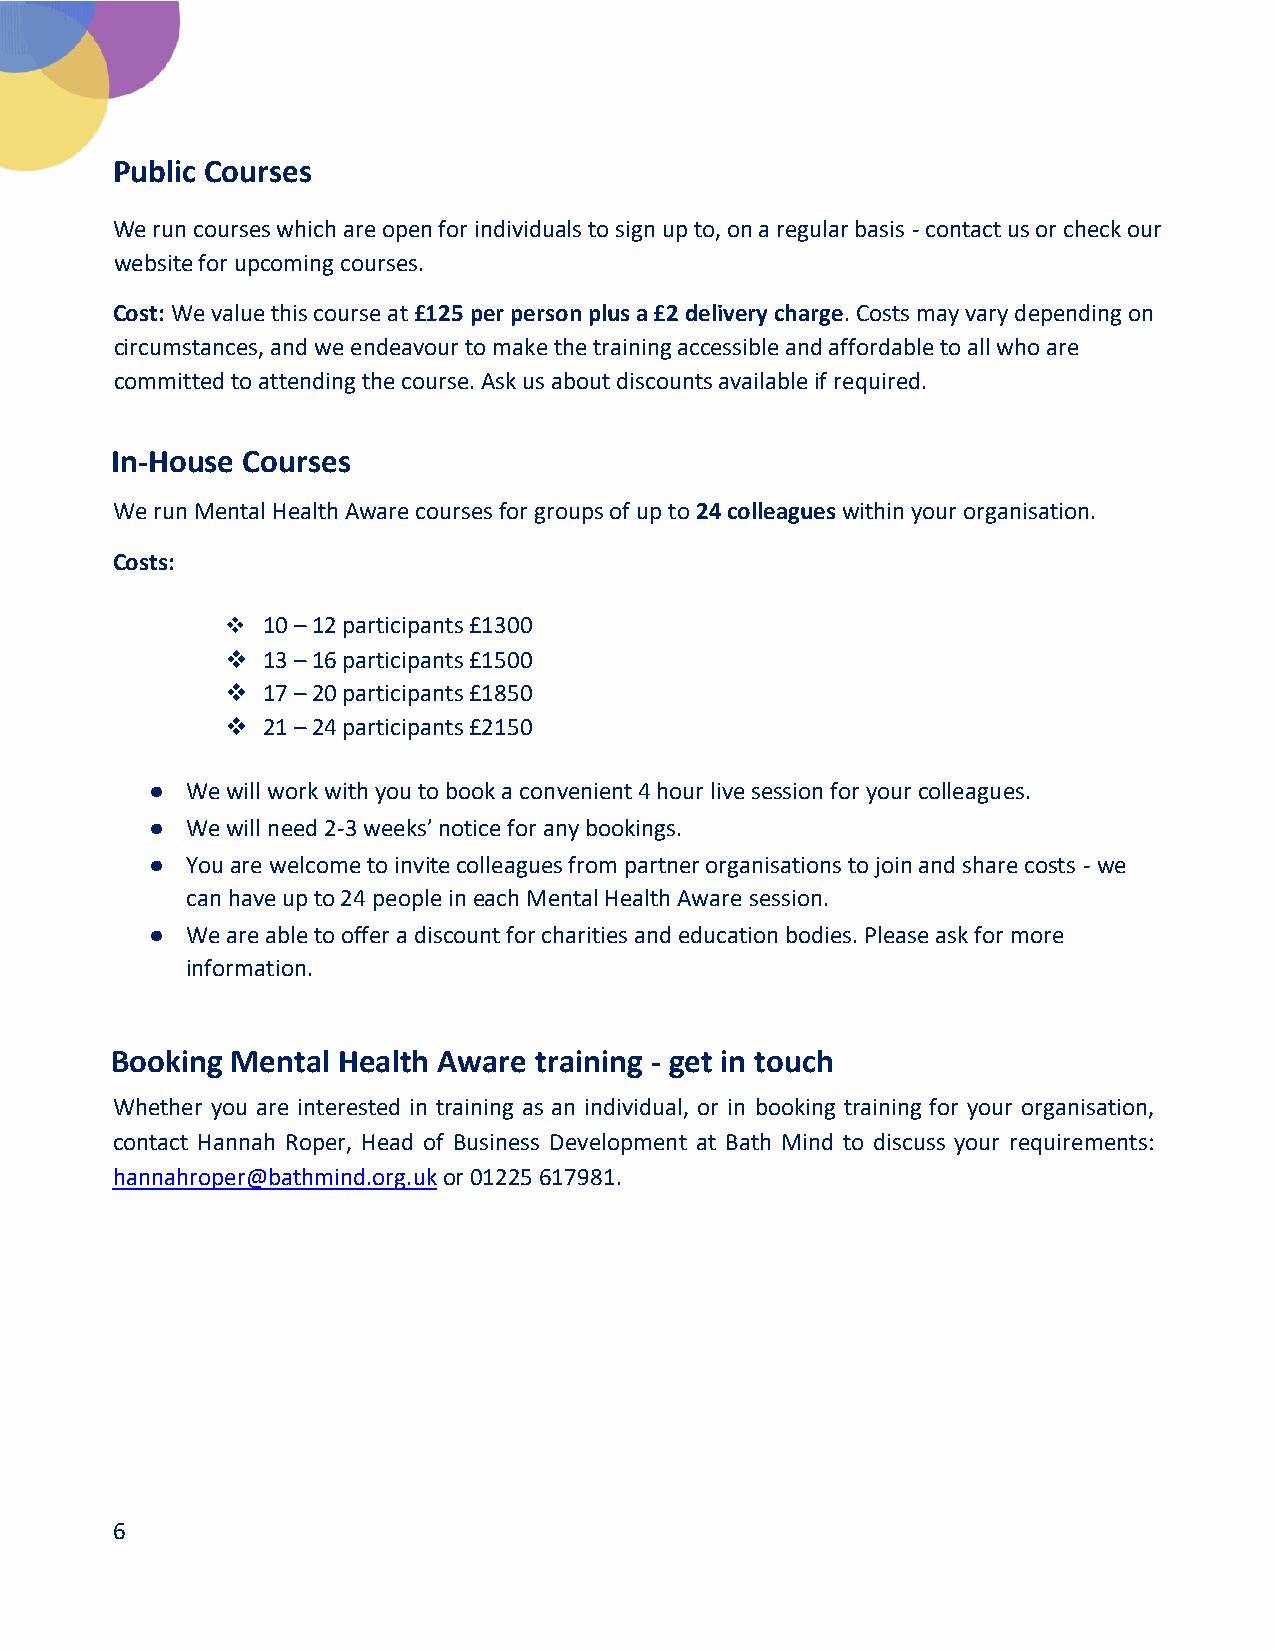
Public Courses
 We run courses which are open for individuals to sign up to, on a regular basis - contact us or check our
 website for upcoming courses.
 Cost: We value this course at £125 per person plus a £2 delivery charge. Costs may vary depending on
 circumstances, and we endeavour to make the training accessible and affordable to all who are
 committed to attending the course. Ask us about discounts available if required.
 In-House Courses
 We run Mental Health Aware courses for groups of up to 24 colleagues within your organisation.
 Costs:
  10 – 12 participants £1300
  13 – 16 participants £1500
  17 – 20 participants £1850
  21 – 24 participants £2150
 ● We will work with you to book a convenient 4 hour live session for your colleagues.
 ● We will need 2-3 weeks’ notice for any bookings.
 ● You are welcome to invite colleagues from partner organisations to join and share costs - we
 can have up to 24 people in each Mental Health Aware session.
 ● We are able to offer a discount for charities and education bodies. Please ask for more
 information.
 Booking Mental Health Aware training - get in touch
 Whether you are interested in training as an individual, or in booking training for your organisation,
 contact Hannah Roper, Head of Business Development at Bath Mind to discuss your requirements:
 hannahroper@bathmind.org.uk or 01225 617981.
 6